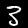
Label: 3